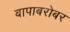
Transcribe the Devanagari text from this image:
बापाबरोबर